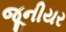
જૂનીયર